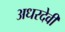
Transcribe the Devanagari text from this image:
अधरदेवी